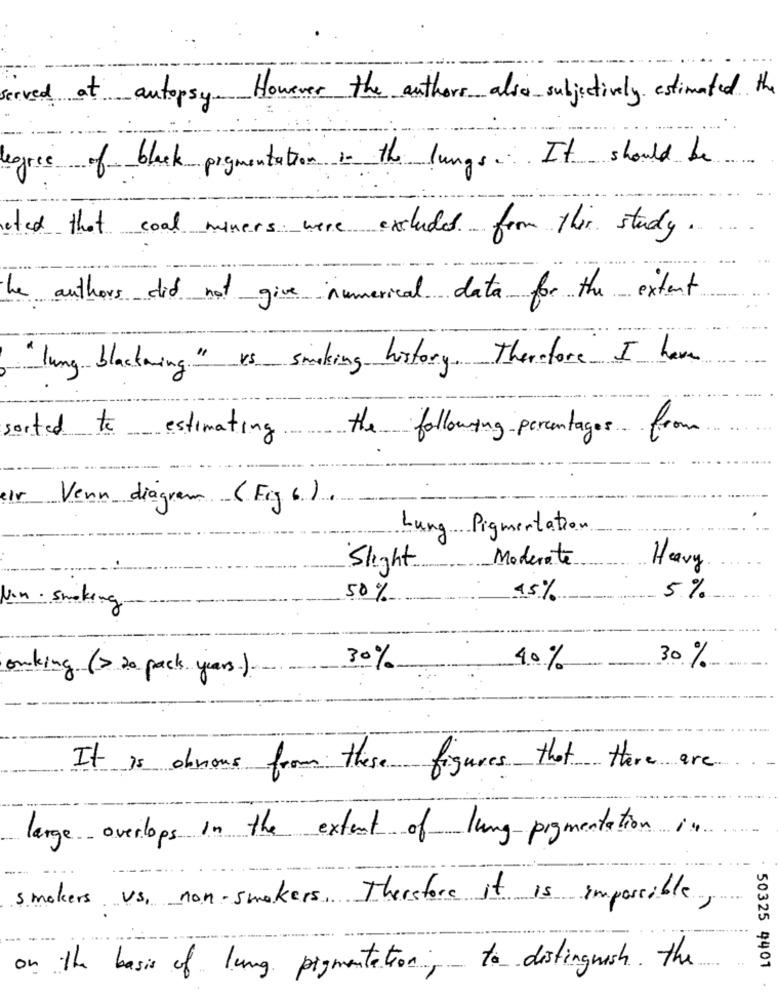
at autopsy. However the authors also subjectively estimated th
of black pigmentation in the lungs. It should be
legree
sted that coal miners were excluded from this study.
he authors did not give numerical data for the extent
"lung blackaring" vs smoking history. Therefore I have
sorted to estimating
the following percentages. from
eir
Venn diagram (Fig 6.).
Lung Pigmentation
Moderate
Slight.
Heavy
50%
15%
5%
Non - Smoking
30%
40%
30%
onking (> 20 pack years).
It is obnous from these figures that there are
large overlops in the extent of lung pigmentation
smokers us, non-smokers, Therefore it is impossible,
on the basis of lung pigmentation, to distinguish the
50325 9401